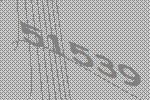
51539